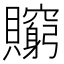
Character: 𧸺